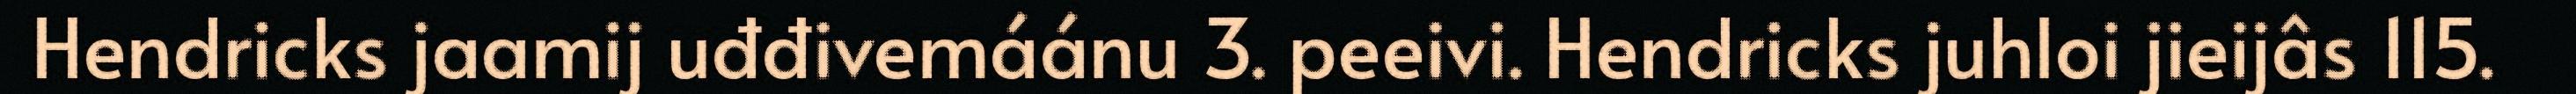
Hendricks jaamij uđđivemáánu 3. peeivi. Hendricks juhloi jieijâs 115.